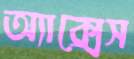
অ্যাক্সেস